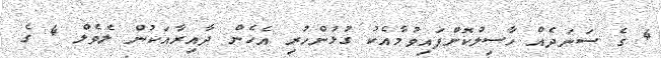
4 ގެ ސަނަދެއް ހާސިލުކޮށްފައިވުމާއެކު ގުޅުންހުރި އެހެން ދާއިރާއަކުން ލެވެލް 4 ގެ